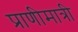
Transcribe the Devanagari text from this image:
प्राणीमात्री